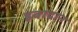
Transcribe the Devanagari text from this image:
इबादान